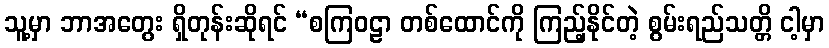
သူ့မှာ ဘာအတွေး ရှိတုန်းဆိုရင် “စကြဝဠာ တစ်ထောင်ကို ကြည့်နိုင်တဲ့ စွမ်းရည်သတ္တိ ငါ့မှာ